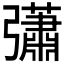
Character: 𢑁